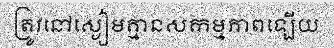
ត្រូវនៅស្ងៀមគ្មានសកម្មភាពឡើយ